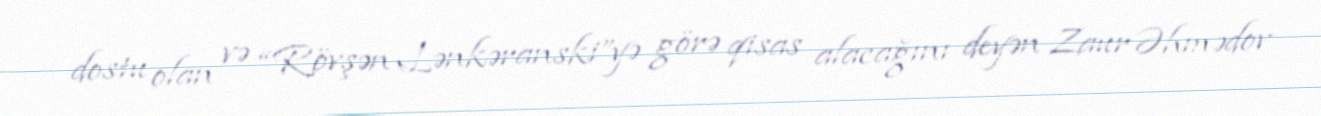
dostu olan və “Rövşən Lənkəranski”yə görə qisas alacağını deyən Zaur Əhmədov